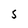
Character: S